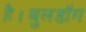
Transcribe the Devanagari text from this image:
है।बुलडॉग